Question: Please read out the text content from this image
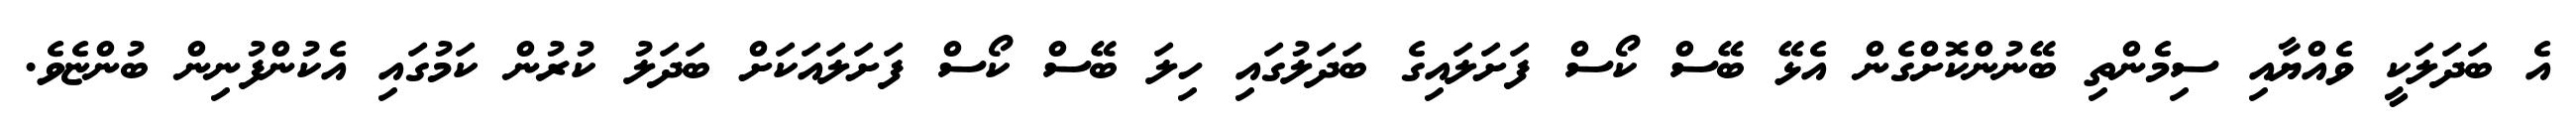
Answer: އެ ބަދަލަކީ ވެއްޔާއި ސިމެންތި ބޭނުންކޮށްގެން އެޅޭ ބޭސް ކޯސް ފަށަލައިގެ ބަދަލުގައި ހިލަ ބޭސް ކޯސް ފަށަލައަކަށް ބަދަލު ކުރުން ކަމުގައި އެކުންފުނިން ބުންޏެވެ.